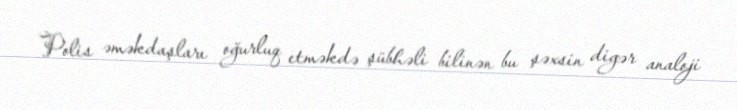
Polis əməkdaşları oğurluq etməkdə şübhəli bilinən bu şəxsin digər analoji